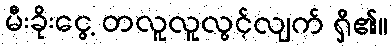
မီးခိုးငွေ့ တလူလူလွင့်လျက် ရှိ၏။